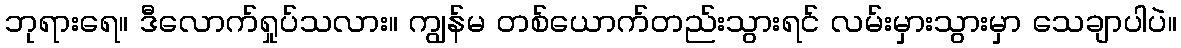
ဘုရားရေ။ ဒီလောက်ရှုပ်သလား။ ကျွန်မ တစ်ယောက်တည်းသွားရင် လမ်းမှားသွားမှာ သေချာပါပဲ။